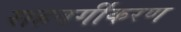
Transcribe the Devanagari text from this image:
सहवर्गीकरण